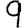
Digit: 9